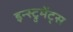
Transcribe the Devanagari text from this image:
इन्स्ट्रुमेंट्‌स